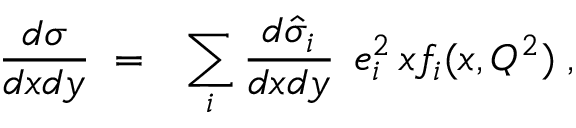
\frac { d \sigma } { d x d y } \; = \; \; \, \sum _ { i } \frac { d \hat { \sigma } _ { i } } { d x d y } \; \, e _ { i } ^ { 2 } \, x f _ { i } ( x , Q ^ { 2 } ) \; ,